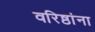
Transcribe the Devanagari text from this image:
वरिष्ठांना